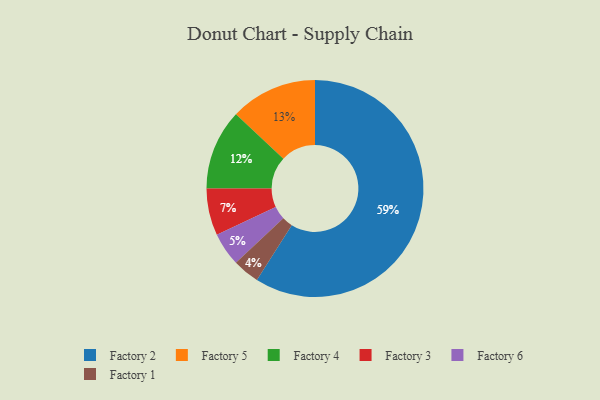
{"axis": {"x": "Category", "y": "Percentage"}, "legend": ["Factory 1", "Factory 2", "Factory 3", "Factory 4", "Factory 5", "Factory 6"], "data": [{"x": "Factory 3", "y": 7, "type": "Factory 3"}, {"x": "Factory 1", "y": 4, "type": "Factory 1"}, {"x": "Factory 6", "y": 5, "type": "Factory 6"}, {"x": "Factory 4", "y": 12, "type": "Factory 4"}, {"x": "Factory 2", "y": 59, "type": "Factory 2"}, {"x": "Factory 5", "y": 13, "type": "Factory 5"}]}